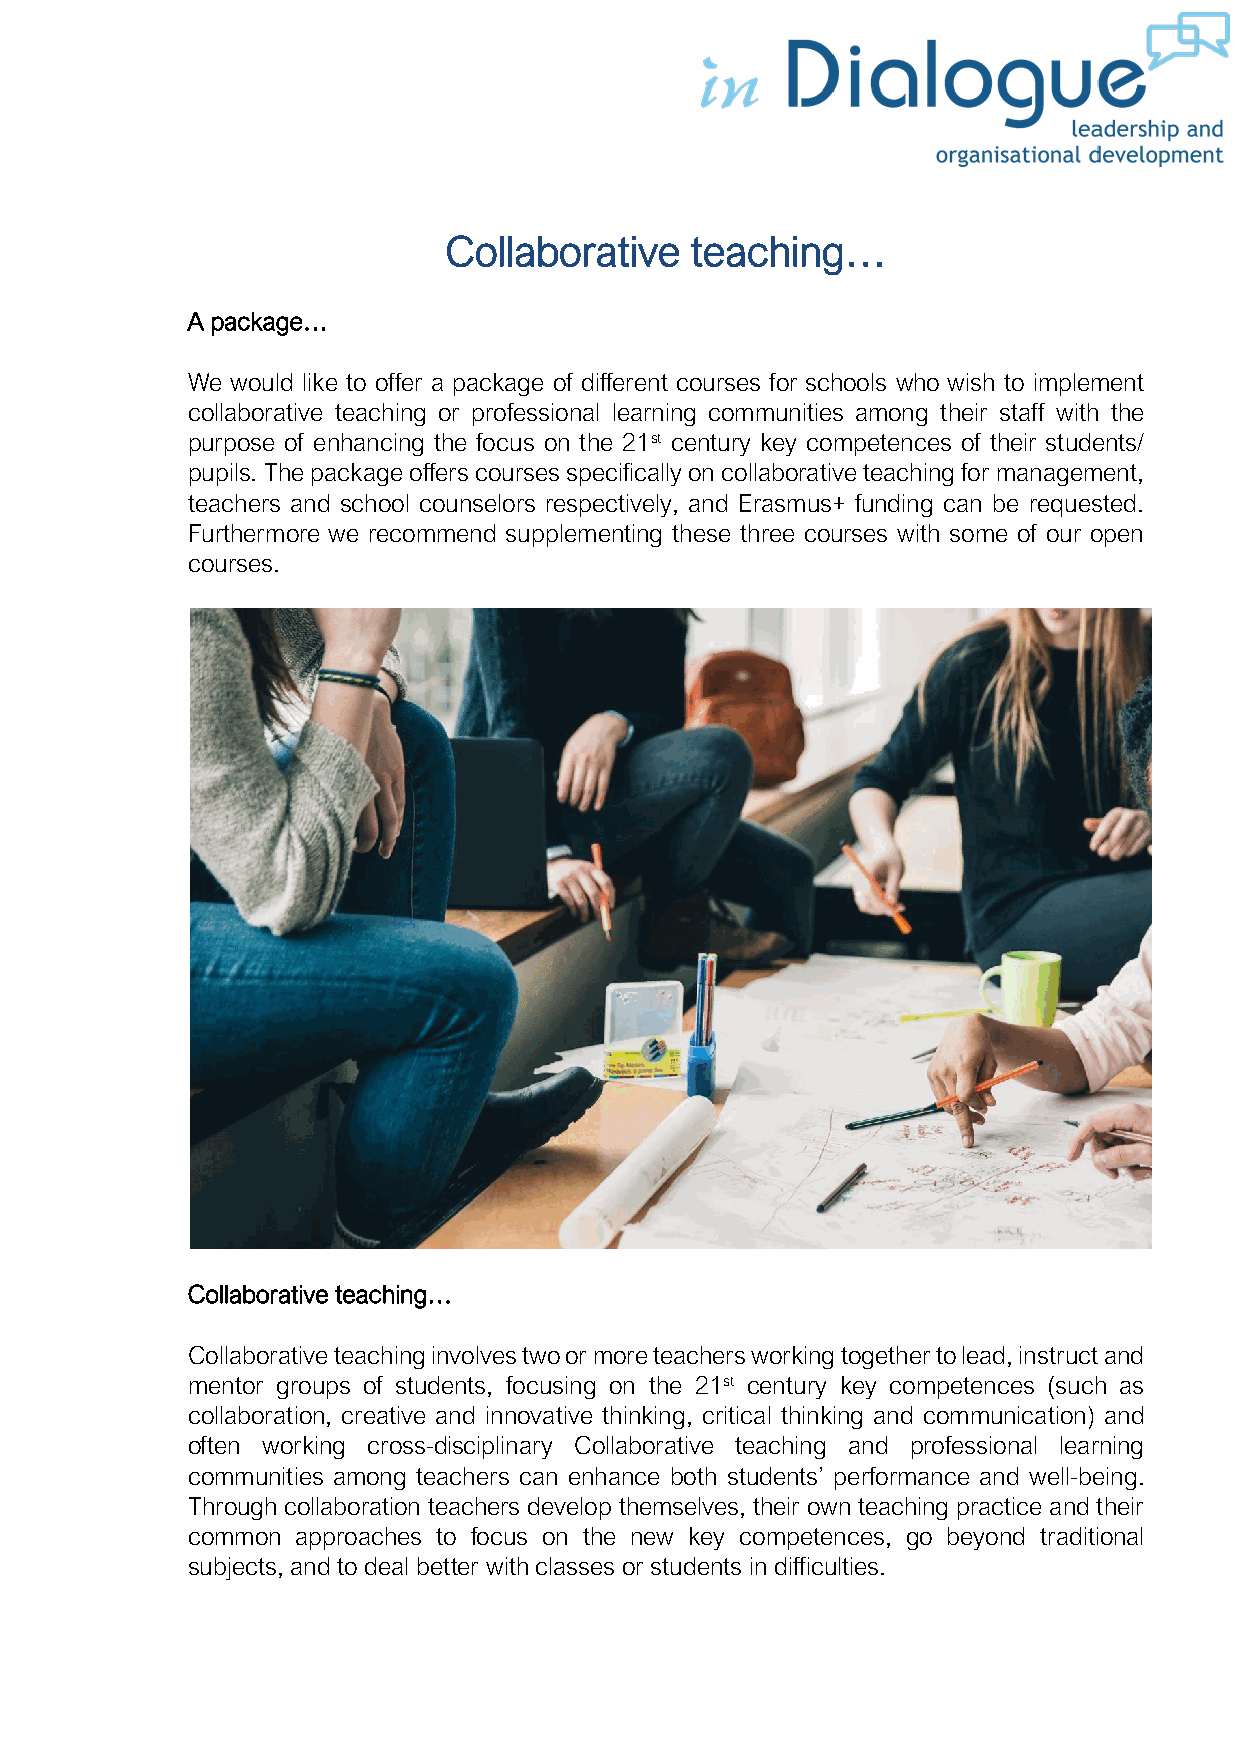
Collaborative    teaching…
 A package…
 We would like to offer a package of different courses for schools who wish to implement
 collaborative teaching or professional learning communities among their staff with the
 purpose of enhancing the focus on the 21st century key competences of their students/
 pupils. The package offers courses specifically on collaborative teaching for management,
 teachers and school counselors respectively, and Erasmus+ funding can be requested.
 Furthermore we recommend supplementing these three courses with some of our open
 courses.
 Collaborative teaching…
 Collaborative teaching involves two or more teachers working together to lead, instruct and
 mentor groups of students, focusing on the 21st century key competences (such as
 collaboration, creative and innovative thinking, critical thinking and communication) and
 often working cross-disciplinary Collaborative teaching and professional learning
 communities among teachers can enhance both students’ performance and well-being.
 Through collaboration teachers develop themselves, their own teaching practice and their
 common  approaches to focus on the new key competences, go beyond traditional
 subjects, and to deal better with classes or students in difficulties.